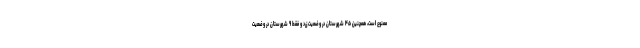
ممنوع است، همچنین ۴۵ شهرستان در وضعیت زرد و فقط ۹ شهرستان در وضعیت